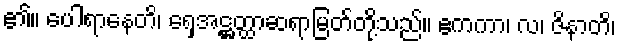
၏။ ပေါရာနေတိ၊ ရှေအဋ္ဌတ္ထာဆရာမြတ်တို့သည်။ ဧကကာ၊ လ၊ ဇိနာတိ၊